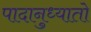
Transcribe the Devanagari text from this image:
पादानुध्यातो